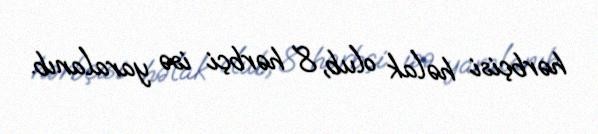
hərbçisi həlak olub, 8 hərbçi isə yaralanıb.